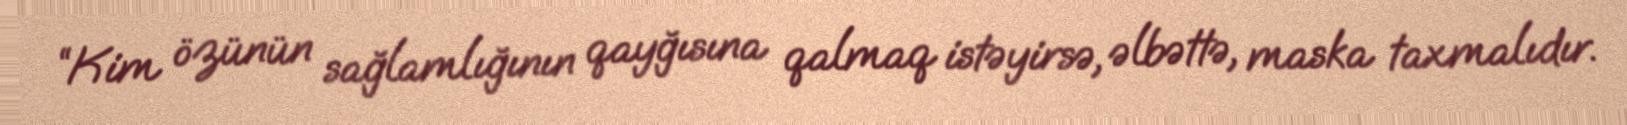
“Kim özünün sağlamlığının qayğısına qalmaq istəyirsə, əlbəttə, maska taxmalıdır.